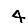
Digit: 4